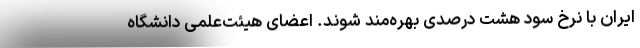
ایران با نرخ سود هشت درصدی بهره‌مند شوند. اعضای هیئت‌علمی دانشگاه